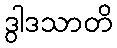
ဒွါဒသာတိ